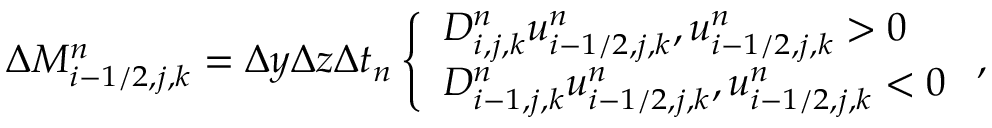
\begin{array} { r } { \Delta M _ { i - 1 / 2 , j , k } ^ { n } = \Delta y \Delta z \Delta t _ { n } \left\{ \begin{array} { l l } { D _ { i , j , k } ^ { n } u _ { i - 1 / 2 , j , k } ^ { n } , u _ { i - 1 / 2 , j , k } ^ { n } > 0 } \\ { D _ { i - 1 , j , k } ^ { n } u _ { i - 1 / 2 , j , k } ^ { n } , u _ { i - 1 / 2 , j , k } ^ { n } < 0 } \end{array} \right. , } \end{array}